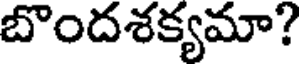
బొందశక్యమా?